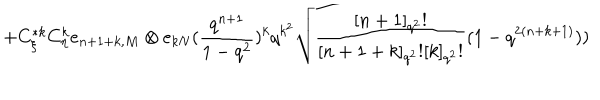
LaTeX: + C _ { \xi } ^ { * k } C _ { \eta } ^ { k } e _ { n + 1 + k , M } \otimes e _ { k N } ( \frac { q ^ { n + 1 } } { 1 - q ^ { 2 } } ) ^ { k } q ^ { k ^ { 2 } } \sqrt { \frac { [ n + 1 ] _ { q ^ { 2 } } ! } { [ n + 1 + k ] _ { q ^ { 2 } } ! [ k ] _ { q ^ { 2 } } ! } } ( 1 - q ^ { 2 ( n + k + 1 ) } ) )